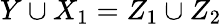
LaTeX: Y\cup X_{1}=Z_{1}\cup Z_{2}